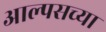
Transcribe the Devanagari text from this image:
आल्पसच्या